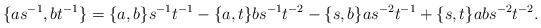
\begin{align*}\{as^{-1},bt^{-1}\} = \{a,b\}s^{-1}t^{-1} - \{a,t\}bs^{-1}t^{-2} - \{s,b\}as^{-2}t^{-1} + \{s,t\}abs^{-2}t^{-2}.\end{align*}